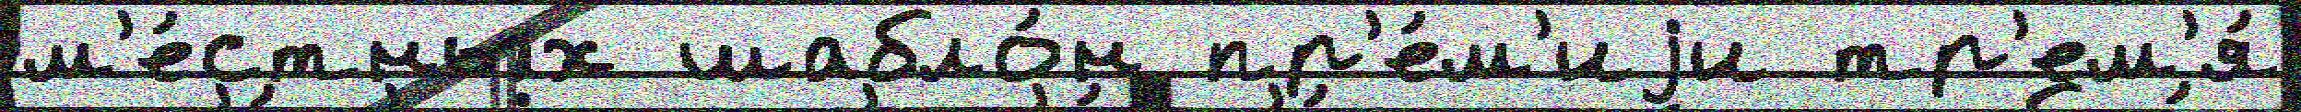
м'е́стных шабло́н пр'е́м'иjи тр'ем'я́